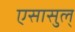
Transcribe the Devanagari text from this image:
एसासुल्